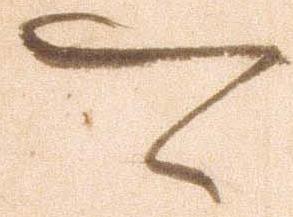
可